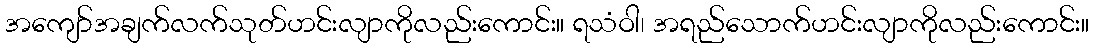
အကျော်အချက်လက်သုတ်ဟင်းလျာကိုလည်းကောင်း။ ရသံဝါ၊ အရည်သောက်ဟင်းလျာကိုလည်းကောင်း။